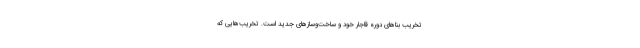
تخریب بناهای دوره قاجار خود و ساخت‌وسازهای جدید است. تخریب‌هایی که